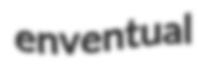
enventual